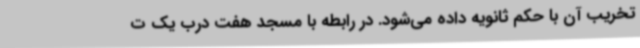
تخریب آن با حکم ثانویه داده می‌شود. در رابطه با مسجد هفت درب یک ت